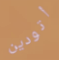
أتودين